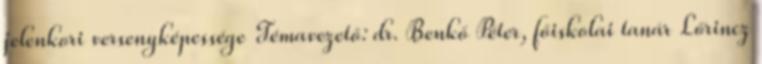
jelenkori versenyképessége Témavezető: dr. Benkő Péter, főiskolai tanár Lőrincz